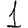
Digit: 1